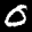
Digit: 6